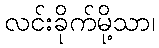
လင်းခိုက်မို့သာ၊